Indian journal of veterinary science and animal husbandry - Volume 3,
Year: 1933
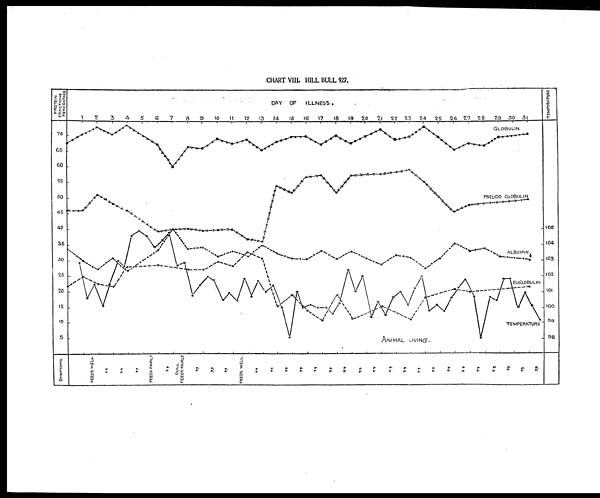
CHART VIII. HILL BULL 927.